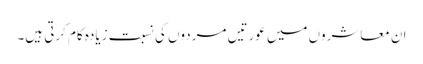
ان معاشروں میں عورتیں مردوں کی نسبت زیادہ کام کرتی ہیں۔